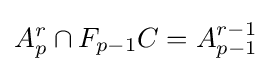
A_{p}^{r}\cap F_{p-1}C=A_{p-1}^{r-1}